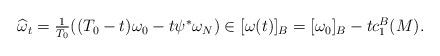
LaTeX: \begin{align*}\begin{array}[c]{c}\widehat{\omega}_{t}=\frac{1}{T_{0}}((T_{0}-t)\omega_{0}-t\psi^{\ast}\omega_{N})\in\lbrack\omega(t)]_{B}=[\omega_{0}]_{B}-tc_{1}^{B}(M).\end{array}\end{align*}